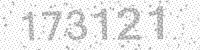
Solution: 173121